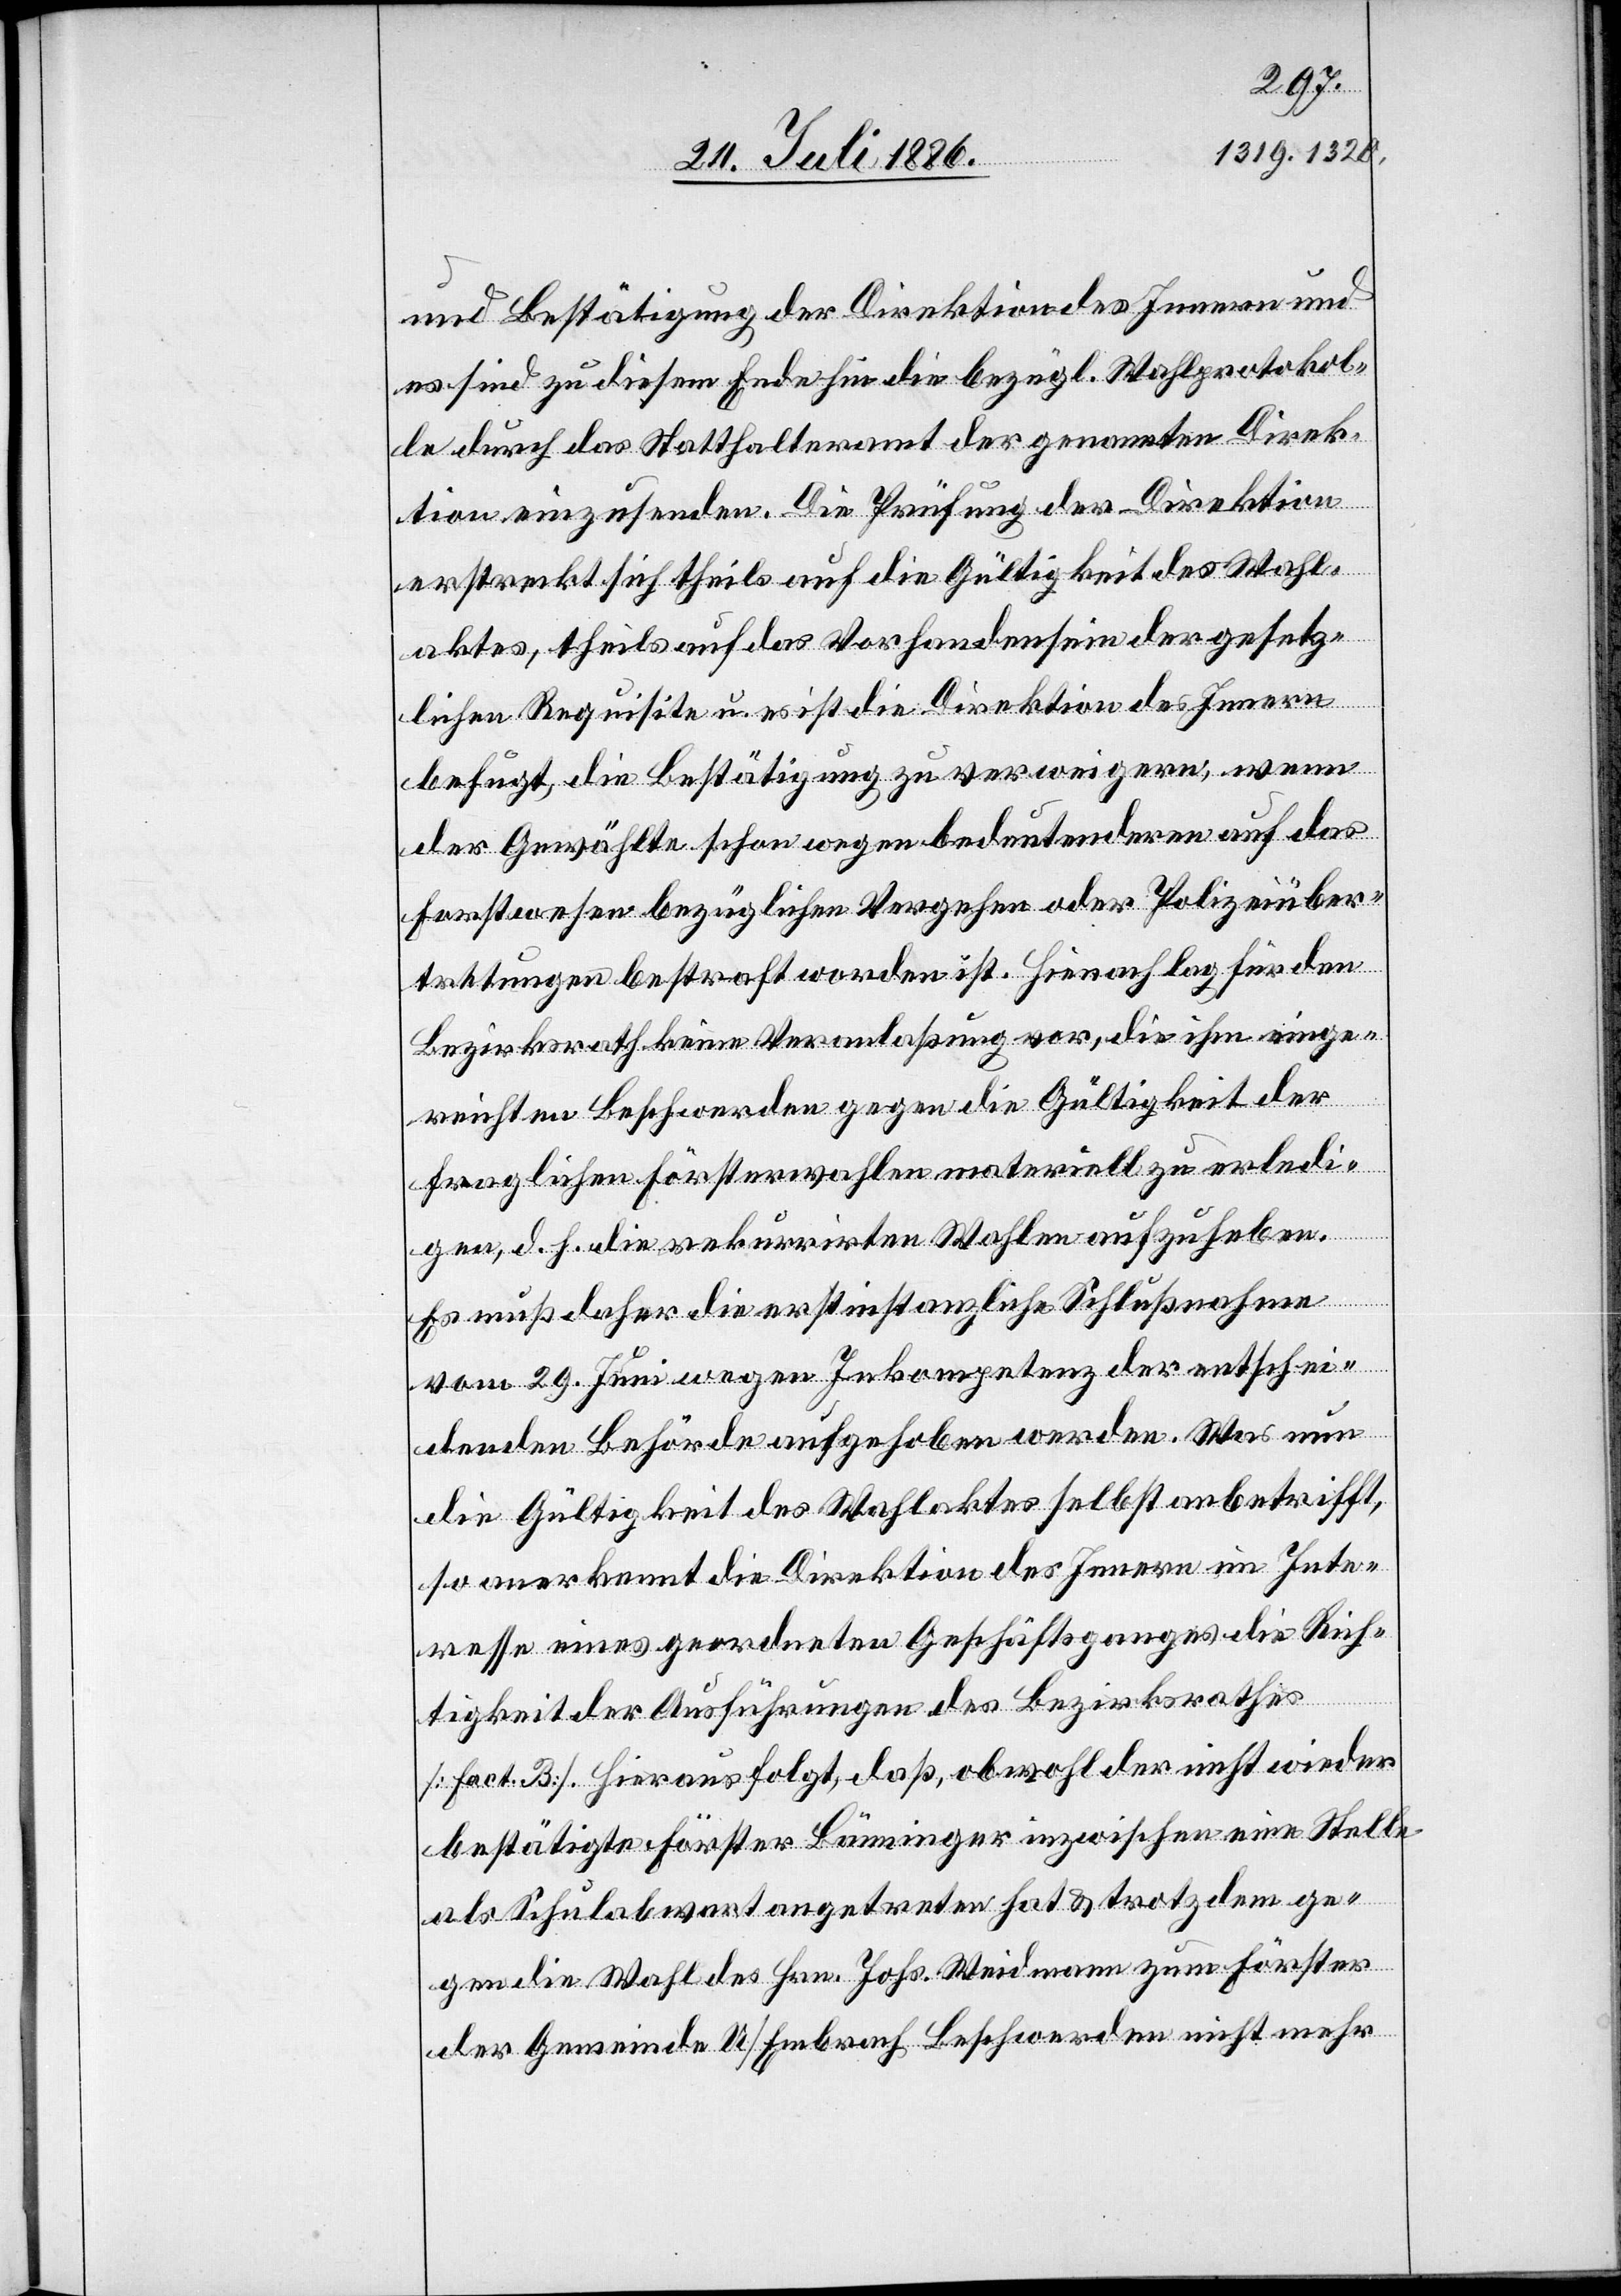
und Bestätigung der Direktion des Innern und
es sind zu diesem Ende hin die bezügl. Wahlprotokol¬
le durch das Statthalteramt der genannten Direk¬
tion einzusenden. Die Prüfung der Direktion
erstreckt sich theils auf die Gültigkeit des Wahl¬
aktes, theils auf das Vorhandensein der gesetz¬
lichen Requisite u. es ist die Direktion des Innern
befugt, die Bestätigung zu verweigern, wenn
der Gewählte schon wegen bedeutenderen auf das
Forstwesen bezüglichen Vergehen oder Polizeiüber¬
tretungen bestraft worden ist. Hienach lag für den
Bezirksrath keine Veranlaßung vor, die ihm einge¬
reichten Beschwerden gegen die Gültigkeit der
fraglichen Försterwahlen materiell zu erledi¬
gen, d. h. die rekurrirten Wahlen aufzuheben.
Es muß daher die erstinstanzliche Schlußnahme
vom 29. Juni wegen Inkompetenz der entschei¬
denden Behörde aufgehoben werden. Was nun
die Gültigkeit des Wahlaktes selbst anbetrifft,
so anerkennt die Direktion des Innern im Inte¬
resse eines geordneten Geschäftsganges die Rich¬
tigkeit der Ausführungen des Bezirksrathes
[fact. B]. Hieraus folgt, daß, obwohl der nicht wieder
bestätigte Förster Bänninger inzwischen eine Stelle
als Schulabwart angetreten hat & trotz dem ge¬
gen die Wahl des Hrn. Johs. Weidmann zum Förster
der Gemeinde U/Embrach Beschwerden nicht mehr